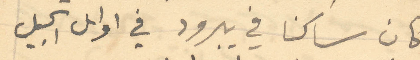
كان ساكنا في يبرود في اوائل الجيل